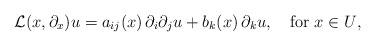
\begin{align*}{\mathcal L}(x,\partial_x)u= a_{ij}(x)\,\partial_i \partial_j u+b_k(x)\,\partial_k u, \quad\hbox{for $x\in U$}, \end{align*}